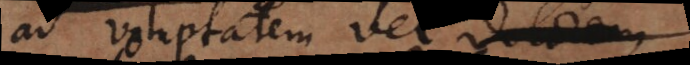
ad voluptatem vel dolorem